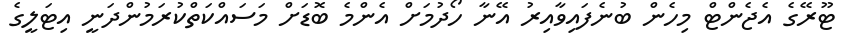
ޓޫރޭގެ އެޖެންޓް މިހެން ބުނެފައިވާއިރު އޭނާ ހޯދުމަށް އެންމެ ބޮޑަށް މަސައްކަތްކުރަމުންދަނީ އިޓަލީގެ